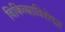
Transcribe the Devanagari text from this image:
चिकित्साविशेषज्ञ